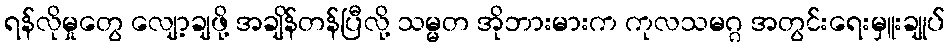
ရန်လိုမှုတွေ လျော့ချဖို့ အချိန်တန်ပြီလို့ သမ္မတ အိုဘားမားက ကုလသမဂ္ဂ အတွင်းရေးမှူးချုပ်